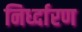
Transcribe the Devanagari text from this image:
निर्ध्दारण